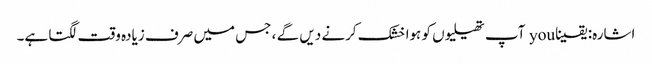
اشارہ: یقینا you آپ تھیلیوں کو ہوا خشک کرنے دیں گے ، جس میں صرف زیادہ وقت لگتا ہے۔